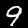
Label: 9